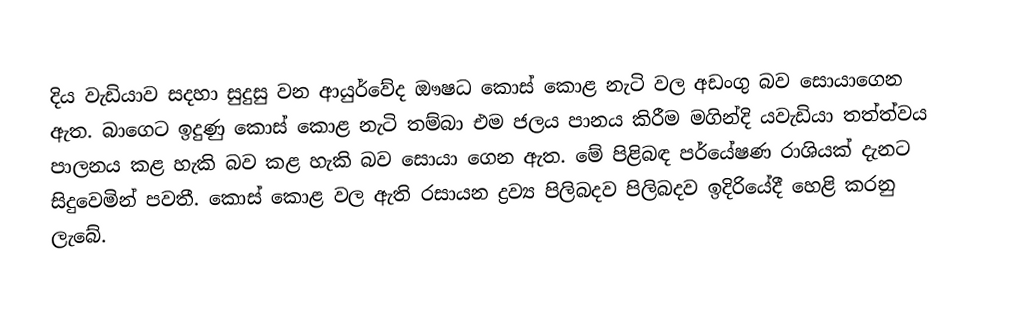
දිය වැඩියාව සදහා සුදුසු වන ආයුර්වේද ඖෂධ කොස් කොළ නැටි වල අඩංගු බව සොයාගෙන ඇත. බාගෙට ඉදුණු කොස් කොළ නැටි තම්බා එම ජලය පානය කිරීම මගින්දි යවැඩියා තත්ත්වය පාලනය කළ හැකි බව කළ හැකි බව සොයා ගෙන ඇත. මේ පිළිබඳ පර්යේෂණ රාශියක් දැනට සිදුවෙමින් පවතී. කොස් කොළ වල ඇති රසායන ද්‍රව්‍ය පිලිබදව පිලිබදව ඉදිරියේදී හෙළි කරනු ලැබේ.